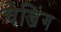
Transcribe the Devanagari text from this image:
चेन्जिंग